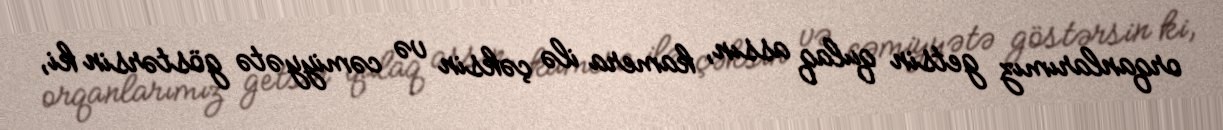
orqanlarımız getsin qulaq assın, kamera ilə çəksin və cəmiyyətə göstərsin ki,